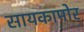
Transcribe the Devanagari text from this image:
सायकामोर